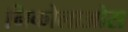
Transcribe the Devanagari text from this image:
निकोलाओस